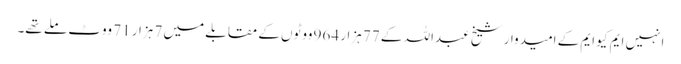
انہیں ایم کیو ایم کے امیدوار شیخ عبداللہ کے 77 ہزار 964 ووٹوں کے مقابلے میں 7 ہزار 71 ووٹ ملے تھے۔